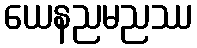
ယေနညမညဿ